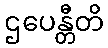
ဌပေန္တီတိ